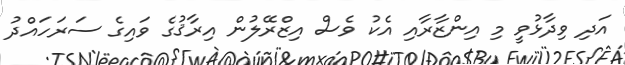
އަދި ވިދާޅުވީ މި އިންޒާރާއި އެކު ވެސް އިޒްރޭލުން އިރާޤުގެ ވައިގެ ސަރަހައްދު